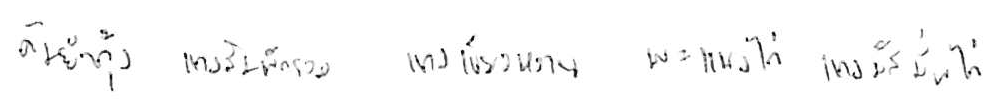
ต้มยำกุ้ง แกงส้มผักรวม แกงเขียวหวาน พะแนงไก่ แกงมัสมั่นไก่